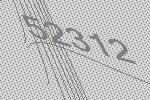
52312